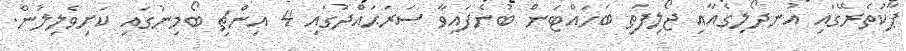
ޕާކުތެރޭގައި އުނދޯލިގެއާއި ޖޯލިފަތި ބަހައްޓަން ބުނެފައިވާ ސަރަޙައްދުގައި 4 އިންޗި ބޯމިނުގައި ކަށިވެލިލުން.